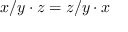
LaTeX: x / y \cdot z = z / y \cdot x